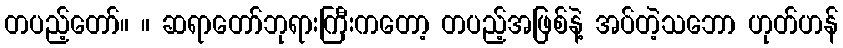
တပည့်တော်။ ။ ဆရာတော်ဘုရားကြီးကတော့ တပည့်အဖြစ်နဲ့ အပ်တဲ့သဘော ဟုတ်ဟန်